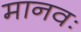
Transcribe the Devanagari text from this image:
मानवः